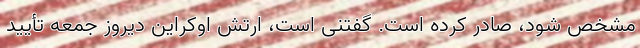
مشخص شود، صادر کرده است. گفتنی است، ارتش اوکراین دیروز جمعه تأیید